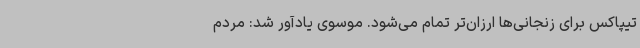
تیپاکس برای زنجانی‌ها ارزان‌تر تمام می‌شود. موسوی یادآور شد: مردم